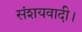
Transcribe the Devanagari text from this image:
संशयवादी।